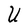
Character: U